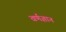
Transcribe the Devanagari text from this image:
वर्णज्ञान